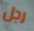
رجل